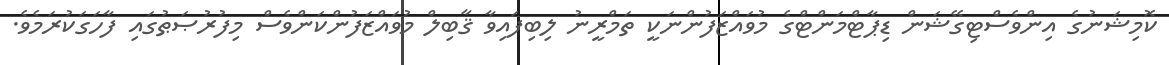
ކޮމިޝަނުގެ އިންވެސްޓިގޭޝަން ޑިޕާޓްމަންޓްގެ މުވައްޒަފުންނަކީ ތަމްރީނު ލިބިފައިވާ ޤާބިލް މުވައްޒަފުންކަންވެސް މިފުރުޞަޠުގައި ފާހަގަކުރަމެވެ.